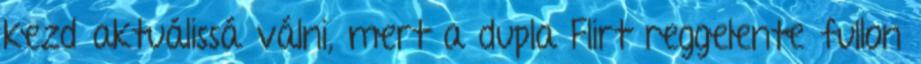
kezd aktuálissá válni, mert a dupla Flirt reggelente fullon